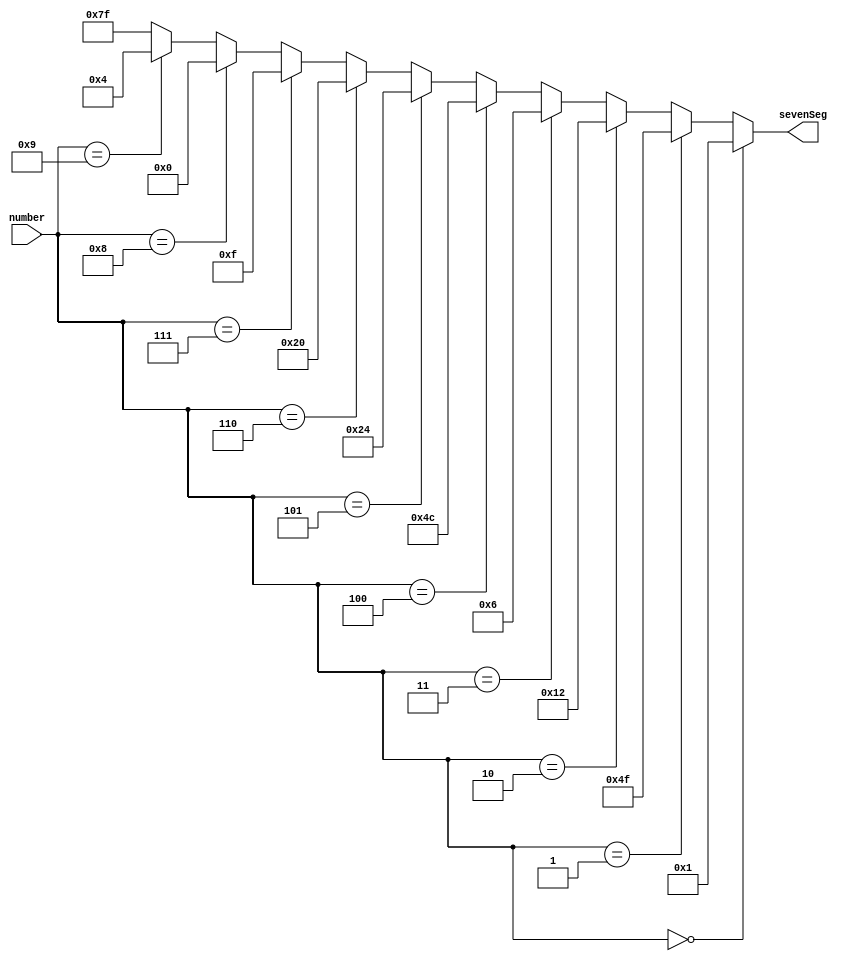
// Provided

module bcdTo7Seg(
    input [4:0] number,
    output [6:0] sevenSeg
);


assign sevenSeg = 
    (number == 5'b00000) ? 7'b0000001 : // 0
    (number == 5'b00001) ? 7'b1001111 : // 1
    (number == 5'b00010) ? 7'b0010010 : // 2
    (number == 5'b00011) ? 7'b0000110 : // 3
    (number == 5'b00100) ? 7'b1001100 : // 4
    (number == 5'b00101) ? 7'b0100100 : // 5
    (number == 5'b00110) ? 7'b0100000 : // 6
    (number == 5'b00111) ? 7'b0001111 : // 7
    (number == 5'b01000) ? 7'b0000000 : // 8
    (number == 5'b01001) ? 7'b0000100 : // 9
    7'b1111111; // All segments off when input is invalid

endmodule